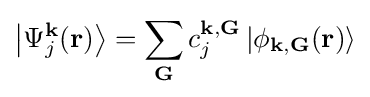
\left|\Psi _{j}^{\mathbf {k} }(\mathbf {r} )\right\rangle =\sum \limits _{\mathbf {G} }c_{j}^{\mathbf {k} ,\mathbf {G} }\left|\phi _{\mathbf {k} ,\mathbf {G} }(\mathbf {r} )\right\rangle